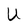
Character: U